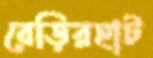
বেড়িরহাট